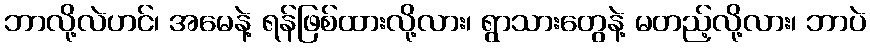
ဘာလို့လဲဟင်၊ အမေနဲ့ ရန်ဖြစ်ထားလို့လား၊ ရွာသားတွေနဲ့ မတည့်လို့လား၊ ဘာပဲ